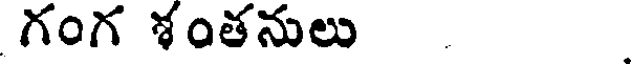
గంగ శంతనులు .